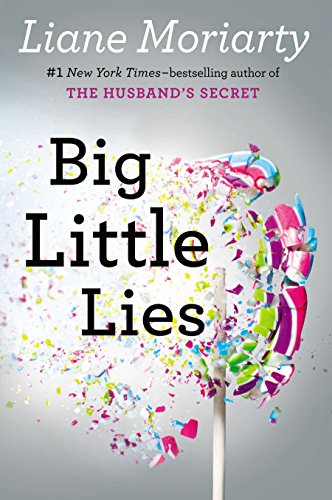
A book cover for Big Little Lies; Liane Moriarty; Mystery, Thriller & Suspense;